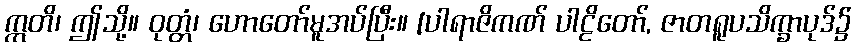
ဣတိ၊ ဤသို့။ ဝုတ္တံ၊ ဟောတော်မူအပ်ပြီး။ [ပါရာဇိကဏ် ပါဠိတော်, ဇာတရူပသိက္ခာပုဒ်၌